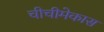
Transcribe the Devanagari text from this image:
चीचीमेकास